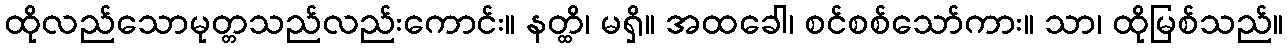
ထိုလည်သောမုတ္တသည်လည်းကောင်း။ နတ္ထိ၊ မရှိ။ အထခေါ၊ စင်စစ်သော်ကား။ သာ၊ ထိုမြစ်သည်။